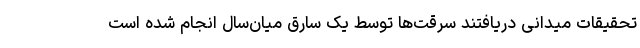
تحقیقات میدانی دریافتند سرقت‌ها توسط یک سارق میان‌سال انجام شده است